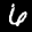
Label: 6